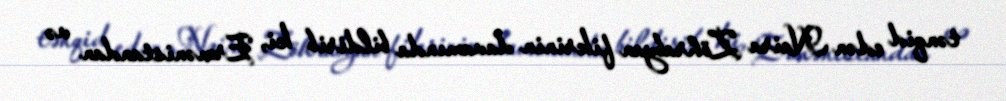
tənqid edən Naira Zöhrabyan fikrinin davamında bildirib ki, Ermənistandan və